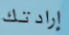
إرادتك